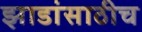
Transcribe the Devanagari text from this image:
झाडांसाठीच